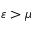
\varepsilon > \mu